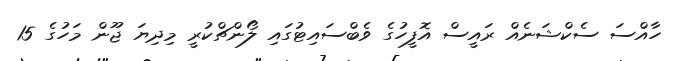
ހާއްސަ ސެކްޝަނެއް ރައީސް އޮފީހުގެ ވެބްސައިޓުގައި ލޯންޗްކުރީ މިދިޔަ ޖޫން މަހުގެ 15